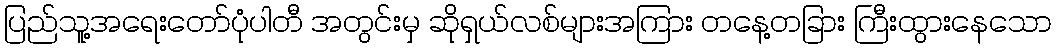
ပြည်သူ့အရေးတော်ပုံပါတီ အတွင်းမှ ဆိုရှယ်လစ်များအကြား တနေ့တခြား ကြီးထွားနေသော